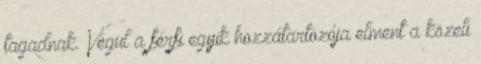
tagadnak. Végül a férfi egyik hozzátartozója elment a közeli